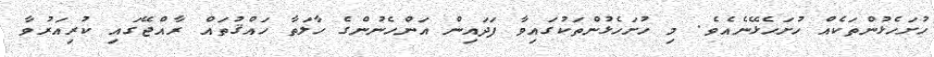
ހުށަހެޅުންތަކެއް ހުށަހެޅޭނެއެވެ. މި ހުށަހެޅުންތަކުގައިވާ ފަދައިން އަންހެނުންގެ ހާލަތާ ހައްޤުތައް ރާއްޖޭގައި ކުރިއަރުވާ